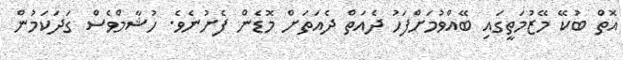
އޮތް ބުކޭ މޭޒުމަތީގައި ބޭއްވުމަށްފަހު ދެއަތް ދެއަތަށް މޮޑެން ފެށުނެވެ. ހުޝާމްވެސް ގަދަކަމުން